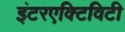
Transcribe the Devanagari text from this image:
इंटरएक्टिविटी